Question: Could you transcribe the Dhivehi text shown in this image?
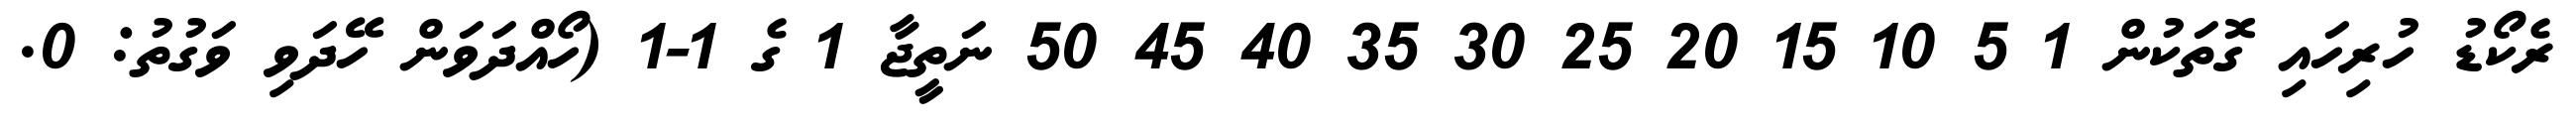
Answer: ރެކޯޑު ހުރިހައި ގޮތަކުން 1 5 10 15 20 25 30 35 40 45 50 ނަތީޖާ 1 ގެ 1-1 (ހޯއްދަވަން ހޭދަވި ވަގުތު: 0.